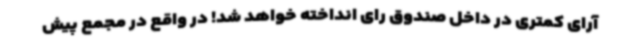
آرای کمتری در داخل صندوق رای انداخته خواهد شد! در واقع در مجمع پیش